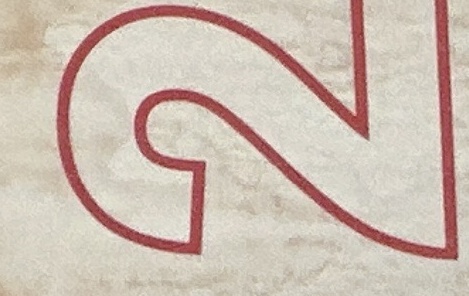
2